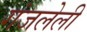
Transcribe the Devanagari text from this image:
गंजलेली